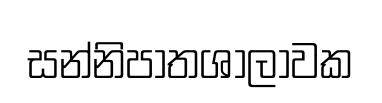
සන්නිපාතශාලාවක